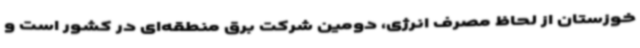
خوزستان از لحاظ مصرف انرژی، دومین شرکت برق منطقه‌ای در کشور است و